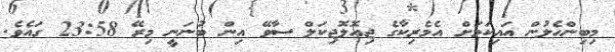
މިބިންހެލުން އައިކަމަށް އެމެރިކާގެ ޖިއޮލޮޖިކަލް ސާވޭ އިން ބުނަނީ މިރޭ 23:58 ގައެވެ.